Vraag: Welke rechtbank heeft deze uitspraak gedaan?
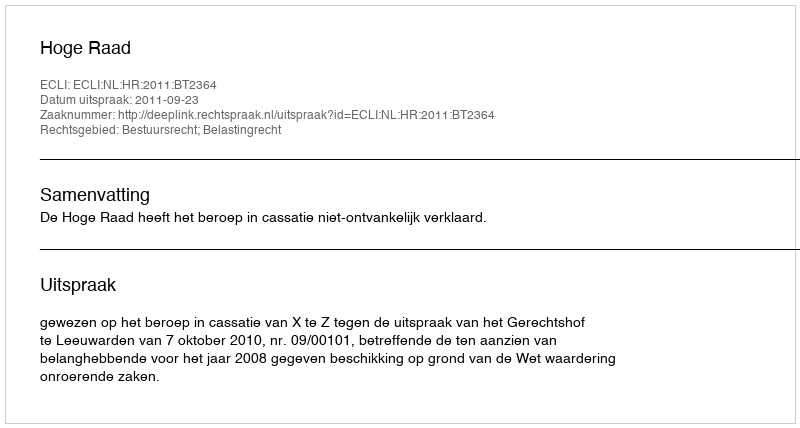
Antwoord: Hoge Raad